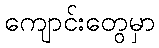
ကျောင်းတွေမှာ